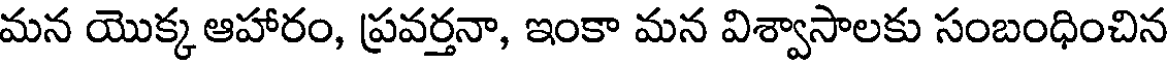
మన యొక్క ఆహారం, ప్రవర్తనా, ఇంకా మన విశ్వాసాలకు సంబంధించిన